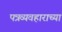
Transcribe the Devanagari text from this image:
पत्रव्यवहाराच्या